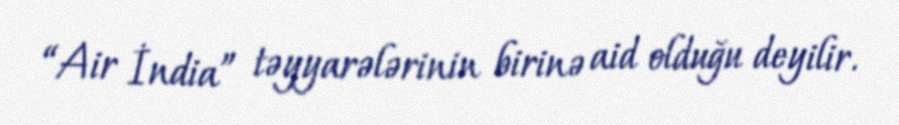
“Air İndia” təyyarələrinin birinə aid olduğu deyilir.